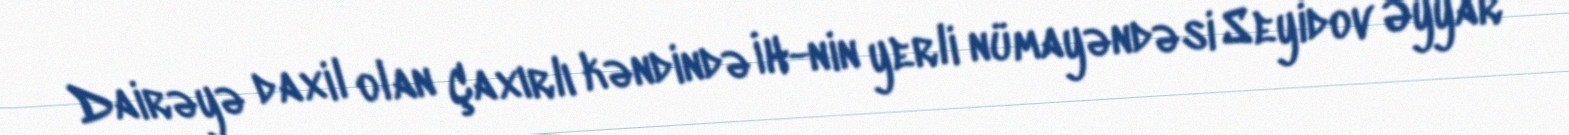
Dairəyə daxil olan Çaxırlı kəndində İH-nin yerli nümayəndəsi Seyidov Əyyar